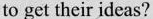
to get their ideas?